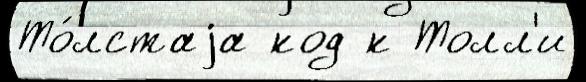
То́лстаjа код к Толл'и